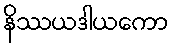
နိဿယဒါယကော